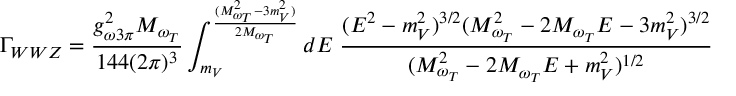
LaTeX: \Gamma _ { W W Z } = \frac { g _ { \omega 3 \pi } ^ { 2 } M _ { \omega _ { T } } } { 1 4 4 ( 2 \pi ) ^ { 3 } } \int _ { m _ { V } } ^ { \frac { ( M _ { \omega _ { T } } ^ { 2 } - 3 m _ { V } ^ { 2 } ) } { 2 M _ { \omega _ { T } } } } d E \; \frac { ( E ^ { 2 } - m _ { V } ^ { 2 } ) ^ { 3 / 2 } ( M _ { \omega _ { T } } ^ { 2 } - 2 M _ { \omega _ { T } } E - 3 m _ { V } ^ { 2 } ) ^ { 3 / 2 } } { ( M _ { \omega _ { T } } ^ { 2 } - 2 M _ { \omega _ { T } } E + m _ { V } ^ { 2 } ) ^ { 1 / 2 } }